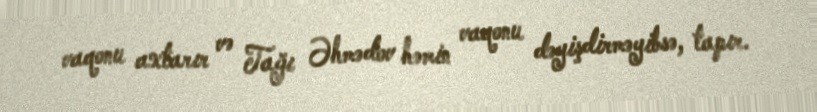
vaqonu axtarır və Tağı Əhmədov həmin vaqonu dəyişdirməyibsə, tapır.